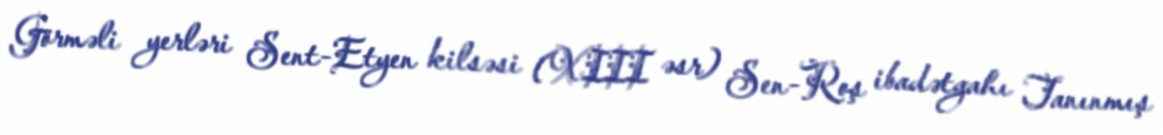
Görməli yerləri Sent-Etyen kilsəsi (XIII əsr) Sen-Roş ibadətgahı Tanınmış